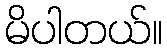
မိပါတယ်။